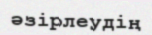
әзірлеудің